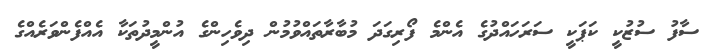
ސާފު ސުޒުކީ ކަޕަކީ ސަރަހައްދުގެ އެންމެ ފޯރިގަދަ މުބާރާތައްވުމުން ދިވެހިންގެ އުންމީދުތަކާ އެއްފެންވަރެއްގެ